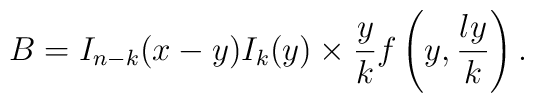
B=I_{n-k}(x-y)I_k(y)\times\frac{y}{k}f\left(y,\frac{ly}{k}\right).